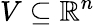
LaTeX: V\subseteq\mathbb{R}^{n}